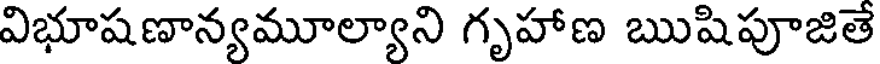
విభూషణాన్యమూల్యాని గృహాణ ఋషిపూజితే